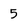
Character: 5